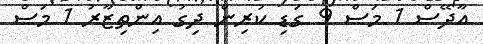
އާދޭސް 1 މަސް 9 ގަޑި ކުރިން ދިގު އިންތިޒާރު 1 މަސް